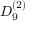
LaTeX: { D } _ { 9 } ^ { ( 2 ) }